Report on the cultivation and use of ganja
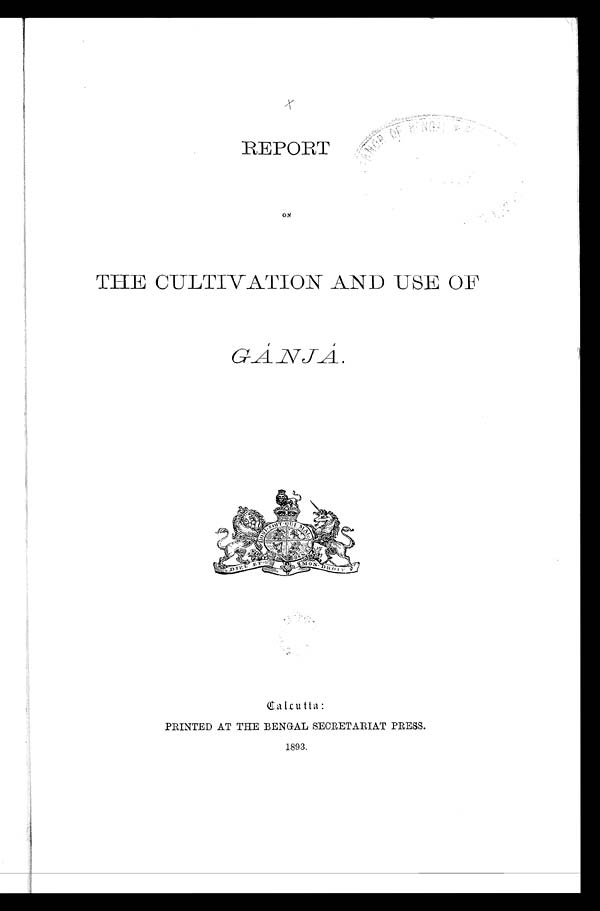
RE PORT
ON
THE CULTIVATION AND USE OF
.
Cal cutta:
PRINTED AT THE BENGAL SECRETARIAT PRESS.
1893.